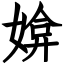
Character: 媕